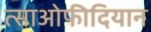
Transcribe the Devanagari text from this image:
त्साओफीदियान